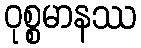
ဝုစ္စမာနဿ